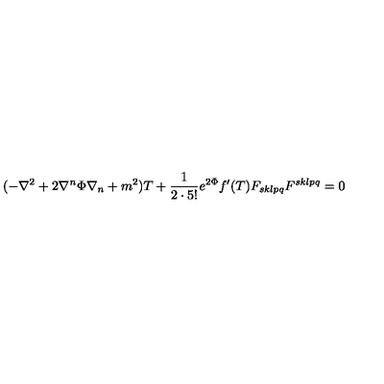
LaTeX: ( - \nabla ^ { 2 } + 2 \nabla ^ { n } \Phi \nabla _ { n } + m ^ { 2 } ) T + \frac { 1 } { 2 \cdot 5 ! } e ^ { 2 \Phi } f ^ { \prime } ( T ) F _ { s k l p q } F ^ { s k l p q } = 0